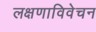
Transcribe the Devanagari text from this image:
लक्षणाविवेचन